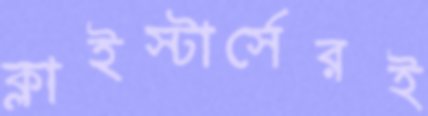
ক্লাইস্টার্সেরই